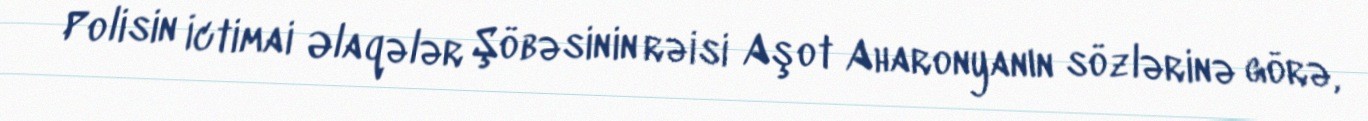
Polisin İctimai Əlaqələr Şöbəsinin rəisi Aşot Aharonyanın sözlərinə görə,